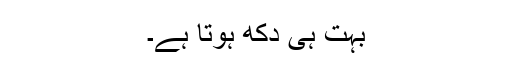
بہت ہی دکھ ہوتا ہے۔